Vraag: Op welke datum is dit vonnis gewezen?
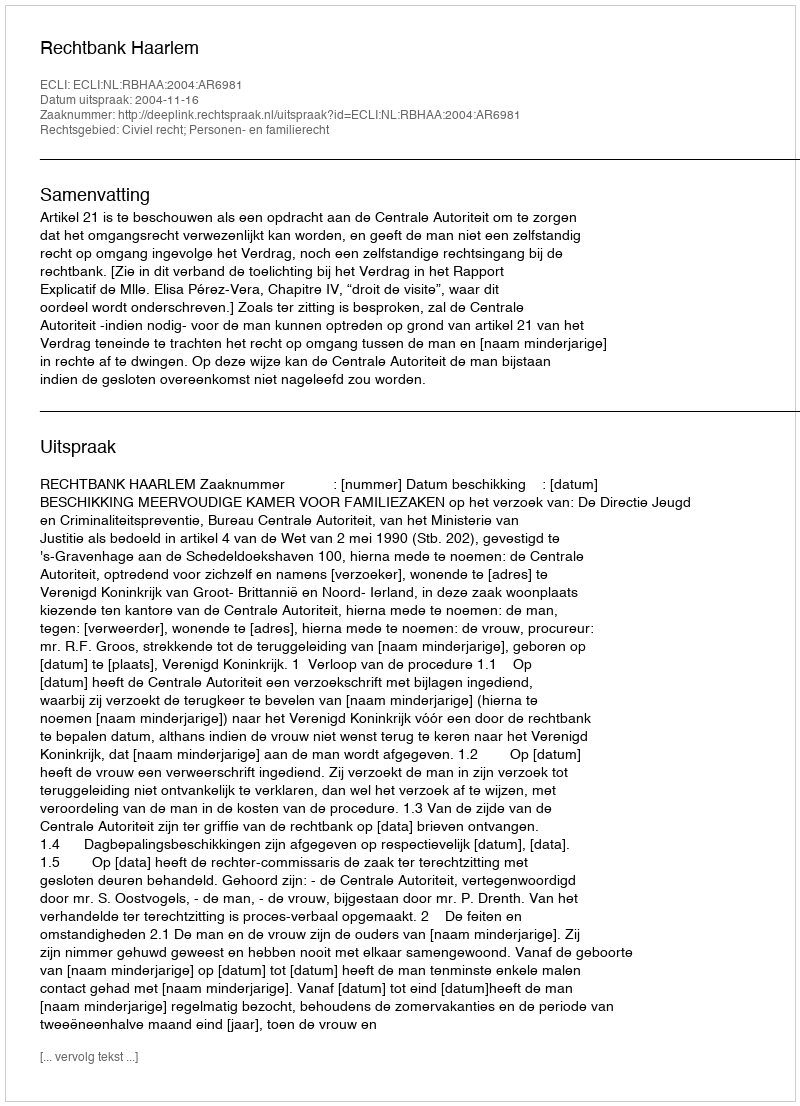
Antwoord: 2004-11-16